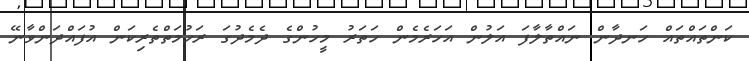
ކަންތައްތައް ހަނދާން ނައްތާލާފަ އަލުން އަހަރެމެން ހަތަރު މީހުންގެ ދެމެދުގަ ރަހުމަތްތެރިކަން އުފައްދަންވާނޭ